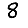
Digit: 8